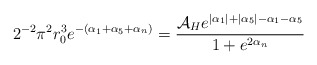
\begin{align*}2^{-2}\pi^2 r_0^3 e^{-(\alpha_1+\alpha_5+\alpha_n)} = \frac{{\cal A}_H e^{|\alpha_1|+|\alpha_5|-\alpha_1-\alpha_5}} {1+e^{2\alpha_n}}\end{align*}